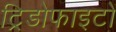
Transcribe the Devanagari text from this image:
ट्रिडोफाइटों